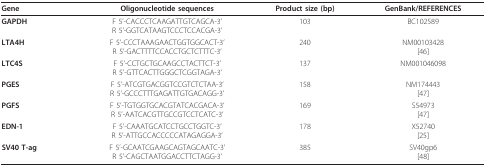
<table><thead><tr><td><b>Gene</b></td><td><b>Oligonucleotide sequences</b></td><td><b>Product size (bp)</b></td><td><b>GenBank/REFERENCES</b></td></tr></thead><tbody><tr><td><b>GAPDH</b></td><td>F 5&#x27;-CACCCTCAAGATTGTCAGCA-3&#x27;R 5&#x27;-GGTCATAAGTCCCTCCACGA-3&#x27;</td><td>103</td><td>BC102589</td></tr><tr><td><b>LTA4H</b></td><td>F 5&#x27;-CCCTAAAGAACTGGTGGCACT-3&#x27;R 5&#x27;-GACTTTTCCACCTGCTCTTTC-3&#x27;</td><td>240</td><td>NM00103428[46]</td></tr><tr><td><b>LTC4S</b></td><td>F 5&#x27;-CCTGCTGCAAGCCTACTTCT-3&#x27;R 5&#x27;-GTTCACTTGGGCTCGGTAGA-3&#x27;</td><td>137</td><td>NM001046098</td></tr><tr><td><b>PGES</b></td><td>F 5&#x27;-ATCGTGACGGTCCGTCTCTAA-3&#x27;R 5&#x27;-GCCCTTTGAGATTGTGACAGG-3&#x27;</td><td>158</td><td>NM174443[47]</td></tr><tr><td><b>PGFS</b></td><td>F 5&#x27;-TGTGGTGCACGTATCACGACA-3&#x27;R 5&#x27;-AATCACGTTGCCGTCCTCATC-3&#x27;</td><td>169</td><td>S54973[47]</td></tr><tr><td><b>EDN-1</b></td><td>F 5&#x27;-CAAATGCATCCTGCCTGGTC-3&#x27;R 5&#x27;-ATTGCCACCCCCATAGAGGA-3&#x27;</td><td>178</td><td>X52740[25]</td></tr><tr><td><b>SV40 T-ag</b></td><td>F 5&#x27;-GCAATCGAAGCAGTAGCAATC-3&#x27;R 5&#x27;-CAGCTAATGGACCTTCTAGG-3&#x27;</td><td>385</td><td>SV40gp6[48]</td></tr></tbody></table>